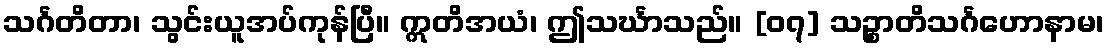
သင်္ဂတိတာ၊ သွင်းယူအပ်ကုန်ပြီ။ ဣတိအယံ၊ ဤသင်္ဃာသည်။ [၀၇] သဉ္စာတိသင်္ဂဟောနာမ၊